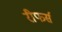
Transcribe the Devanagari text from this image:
रीफर्स